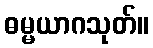
ဓမ္မယာဂသုတ်။